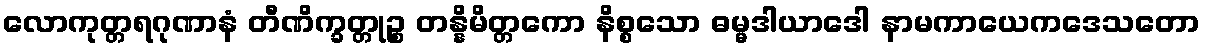
လောကုတ္တရဂုဏာနံ တီဏိက္ခတ္တုဉ္စ တန္နိမိတ္တကော နိစ္စသော ဓမ္မဒါယာဒေါ နာမကာယေကဒေသတော